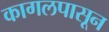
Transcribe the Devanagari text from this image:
कागलपासून